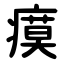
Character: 瘼